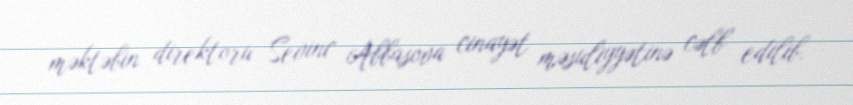
məktəbin direktoru Sevinc Abbasova cinayət məsuliyyətinə cəlb edilib.